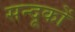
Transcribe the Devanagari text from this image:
सन्दूकों